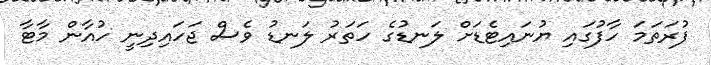
ފުރަތަމަ ހާފުގައި ޔުނައިޓެޑަށް ލަނޑުގެ ހަތަރު ލަނޑު ވެސް ޖަހައިދިނީ ހުއާން މާޓާ